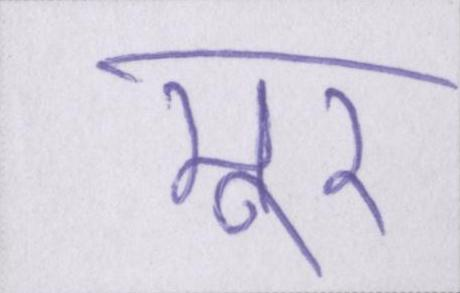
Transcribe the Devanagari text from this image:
मूर